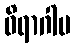
ဝိရာဂါပ